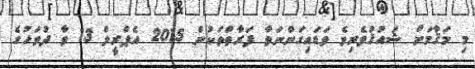
މި މަޤާމަށް ޝައުޤުވެރިވެ ވަޑައިގަންނަވާ ފަރާތްތަކުން 2015 އެޕްރީލް 13 ވާ ދުވަހުގެ